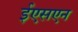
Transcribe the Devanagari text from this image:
ईएसएन